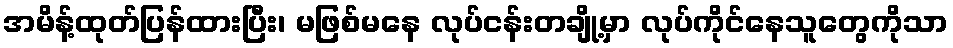
အမိန့်ထုတ်ပြန်ထားပြီး၊ မဖြစ်မနေ လုပ်ငန်းတချို့မှာ လုပ်ကိုင်နေသူတွေကိုသာ